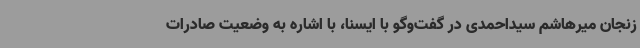
زنجان میرهاشم سیداحمدی در گفت‌وگو با ایسنا، با اشاره به وضعیت صادرات